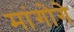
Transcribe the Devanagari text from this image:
मांगोगे